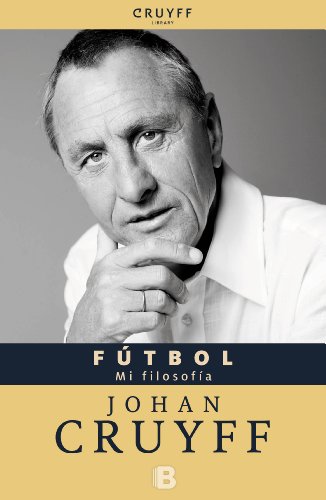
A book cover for Futbol (Spanish Edition) (Bolsillo Zeta No Ficcion); Johan Cruyff; Sports & Outdoors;